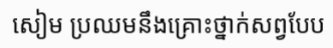
សៀម ប្រឈមនឹងគ្រោះថ្នាក់សព្វបែប